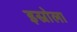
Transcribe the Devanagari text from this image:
इस्रोला